Vaccination in the Punjab 1919-1929 - 1919-1929
Year: 1919
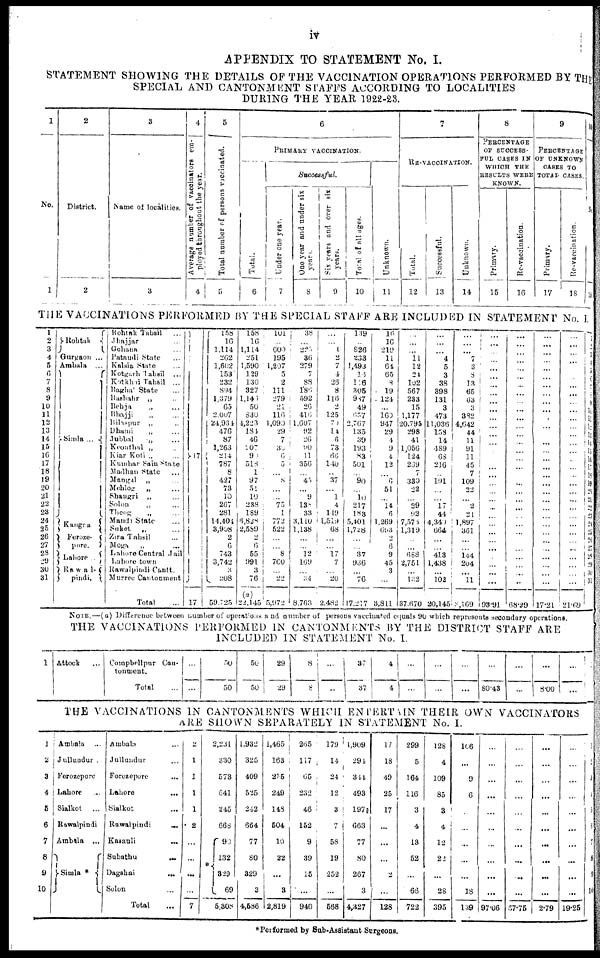
iv
APPENDIX TO STATEMENT No. I.
STATEMENT SHOWING THE DETAILS OF THE VACCINATION OPERATIONS PERFORMED BY THE
SPECIAL AND CANTONMENT STAFFS ACCORDING TO LOCALITIES
DURING THE YEAR 1922-23.
1
No.
1
2
District.
2
3
Name of localities.
3
4
Average number of vaccinators em-
ployed throughout the year.
4
5
Total number of persons vaccinated.
5
6
PRIMARY VACCINATION.
Total.
6
Successful.
Under one year.
7
One year and under six
years.
8
Six years and over six
years.
9
Total of all ages.
10
Unknown.
11
7
RE-VACCINATION.
Total.
12
Successful.
13
Unknown.
14
8
PERCENTAGE
OF SUCCESS-
--- CASES IN
WHICH THE
RESULTS WERE
KNOWN.
Primary.
15
Re-vaccination.
16
9
PERCENTAGE
OF UNKNOWN
CASES TO
TOTAL CASES.
Primary.
17
Re-vaccination.
18
10
No.
19
THE VACCINATIONS PERFORMED BY THE SPECIAL STAFF ARE INCLUDED IN STATEMENT No. I.
1
2
3
4
5
6
7
8
9
10
11
12
13
14
15
16
17
18
19
20
21
22
23
24
25
26
27
28
29
30
31
Rohtak
Gurgaon ...
Ambala ...
Simla ...
Kangra
Feroze¬
pore.
Lahore
Rawa1¬
pindi.
Rohtak Tahsil ...
Jhajjar ...
Gohana ...
Pataudi State ...
Kalsia State ...
Kotgarh Tahsil ...
Kotkhai Tahsil ...
Baghal State ...
Bashahr „ ...
Behja
„
...
Bhajji „ ...
Bilaspur „ ...
Dhami
„ ...
Jubbal
„ ...
Keonthal „ ...
Kiar Koti „ ...
Kumhar Sain State ...
Madhan State ...
Mangal „ ...
Mehlog „ ...
Shangri „ ...
Solon
„ ...
Theog
„ ...
Mandi State ...
Suket „ ...
Zira Tahsil ...
Moga „ ...
Lahore Central Jail ...
Lahore town ...
Rawalpindi Cantt. ...
Murree Cantonment ...
Total ...
17
17
158
16
1,114
262
1,602
153
232
894
1,379
65
2,007
24,934
476
87
1,263
214
787
8
427
73
10
267
281
14,404
3,908
2
6
743
3,742
3
208
59,725
158
16
1,114
251
1,590
129
130
327
1,146
50
830
4,223
184
46
207
90
518
1
97
51
10
238
189
6,828
2,589
2
6
55
991
3
76
(a)
22,145
101
...
600
195
1,207
5
2
111
279
21
116
1,090
29
7
30
6
5
...
8
...
...
75
1
772
522
...
...
8
760
...
22
5,972
38
...
225
36
279
7
88
186
592
26
416
1,607
92
26
90
11
356
...
46
...
9
13
338
3,110
1,138
...
...
12
169
...
34
8,763
...
...
1
2
7
4
26
8
116
2
125
70
14
6
73
66
140
...
37
...
1
4
149
1,519
68
...
...
17
7
...
20
2,482
139
...
826
233
1,493
16
116
305
987
49
657
2,767
135
39
193
83
501
...
90
...
10
217
183
5,401
1,728
...
...
37
936
...
76
17,217
16
16
219
11
64
65
8
19
124
...
169
947
29
4
9
4
12
...
6
51
...
14
6
1,269
693
2
6
9
45
3
...
3,811
...
...
...
11
12
24
102
567
233
15
1,177
20,795
298
41
1,056
124
269
7
330
22
...
29
92
7,575
1,319
...
...
688
2,751
...
122
37,670
...
...
...
4
5
3
38
398
131
3
473
11,036
158
14
489
68
216
191
...
...
17
44
4,340
664
...
...
413
1,438
...
102
20,145
...
...
...
7
3
8
13
65
63
3
382
4,642
44
11
91
11
45
7
109
22
...
2
21
1,897
361
...
...
144
204
...
11
3,169
...
...
...
...
...
...
...
...
...
...
...
...
...
...
...
...
...
...
...
...
...
...
...
...
...
...
...
...
...
...
...
93.91
...
...
...
...
...
...
...
...
...
...
...
...
...
...
...
...
...
...
...
...
...
...
...
...
...
...
...
...
...
...
...
68.29
...
...
...
...
...
...
...
...
...
...
...
...
...
...
...
...
...
...
...
...
...
...
...
...
...
...
...
...
...
...
...
17.21
...
...
...
...
...
...
...
...
...
...
...
...
...
...
...
...
...
...
...
...
...
...
...
...
...
...
...
...
...
...
...
21.69
1
2
3
4
5
6
7
8
9
10
11
12
13
14
15
16
17
18
19
20
21
22
23
24
25
26
27
28
29
30
31
NOTE.—(a) Difference between number of operations and number of persons vaccinated equals 90 which represents secondary operations.
THE VACCINATIONS PERFORMED IN CANTONMENTS BY THE DISTRICT STAFF ARE
INCLUDED IN STATEMENT No. I.
1 Attock ...
Compbellpur Can-
tonment.
Total ...
...
...
50
50
50
50
29
29
8
8
...
...
37
37
4
4
...
...
...
...
...
...
...
80.43
...
...
...
8.00
...
...
THE VACCINATIONS IN CANTONMENTS WHICH ENTERTAIN THEIR OWN VACCINATORS
ARE SHOWN SEPARATELY IN STATEMENT No. I.
1
2
3
4
5
6
7
8
9
10
Ambala ...
Jullundur ...
Ferozepore ...
Lahore ...
Sialkot ...
Rawalpindi ...
Ambala ...
Simla * ...
Ambala
Jullundur
Forezepore
...
Lahore
...
Sialkot
Rawalpindi
Kasauli
Subathu
...
Dagshai
Solon
Total
...
2
1
1
1
1
2
...
...
...
...
7
2,231
330
573
641
245
668
*
90
132
329
69
5,308
1,932
325
409
525
242
664
77
80
329
3
4,586
1,465
163
255
249
148
504
10
22
...
3
2,819
265
117
65
232
46
152
9
39
15
...
940
179
14
24
12
3
7
58
19
252
...
568
1,909
294
344
493
197
663
77
80
267
3
4,327
17
18
49
25
17
...
...
...
2
...
128
299
5
164
116
3
4
13
52
...
66
722
128
4
109
85
3
4
12
22
...
28
395
106
...
9
6
...
...
...
...
...
18
139
...
...
...
...
...
...
...
...
...
...
97.06
...
...
...
...
...
...
...
...
...
...
67.75
...
...
...
...
...
...
...
...
...
...
2.79
...
...
...
...
...
...
...
...
...
...
19.25
1
2
3
4
5
6
7
8
9
10
*Performed by Sub-Assistant Surgeons.